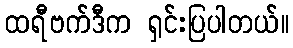
ထရီဗက်ဒီက ရှင်းပြပါတယ်။